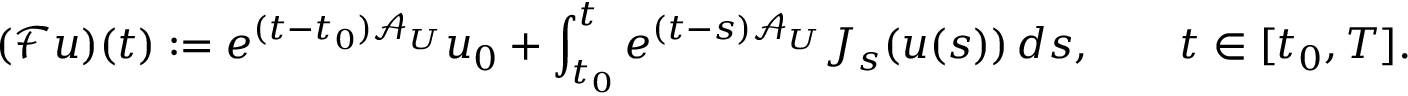
( \mathcal { F } u ) ( t ) : = e ^ { ( t - t _ { 0 } ) \mathcal { A } _ { U } } u _ { 0 } + \int _ { t _ { 0 } } ^ { t } e ^ { ( t - s ) \mathcal { A } _ { U } } J _ { s } ( u ( s ) ) \, d s , \qquad t \in [ t _ { 0 } , T ] .